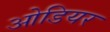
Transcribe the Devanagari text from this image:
ओडियर